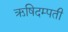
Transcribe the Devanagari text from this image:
ऋषिदम्पती